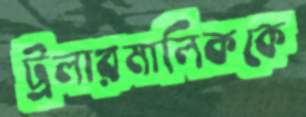
ট্রলারমালিককে